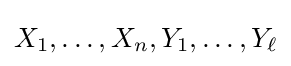
X_{1},\dots ,X_{n},Y_{1},\dots ,Y_{\ell }